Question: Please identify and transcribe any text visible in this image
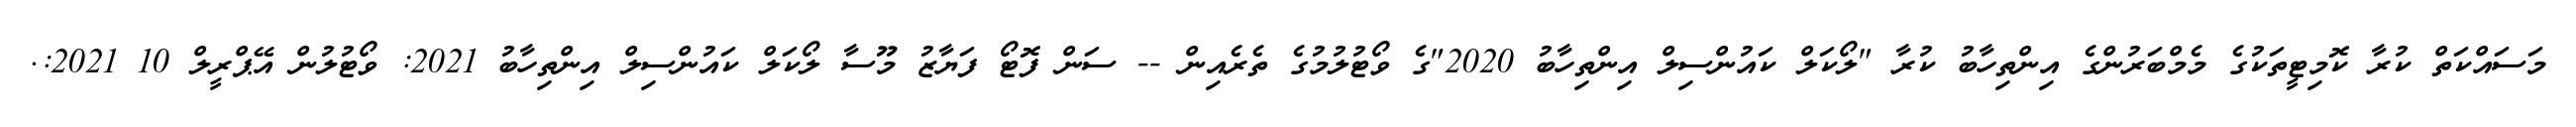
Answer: މަސައްކަތް ކުރާ ކޮމިޓީތަކުގެ މެމްބަރުންގެ އިންތިހާބު ކުރާ "ލޯކަލް ކައުންސިލް އިންތިހާބު 2020"ގެ ވޯޓުލުމުގެ ތެރެއިން -- ސަން ފޮޓޯ ފަޔާޒު މޫސާ ލޯކަލް ކައުންސިލް އިންތިހާބު 2021: ވޯޓުލުން އޭޕްރީލް 10 2021:.